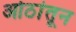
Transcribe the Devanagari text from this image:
ओठांतून